Vaccination in Burma 1900-1911 - 1900-1911
Year: 1900
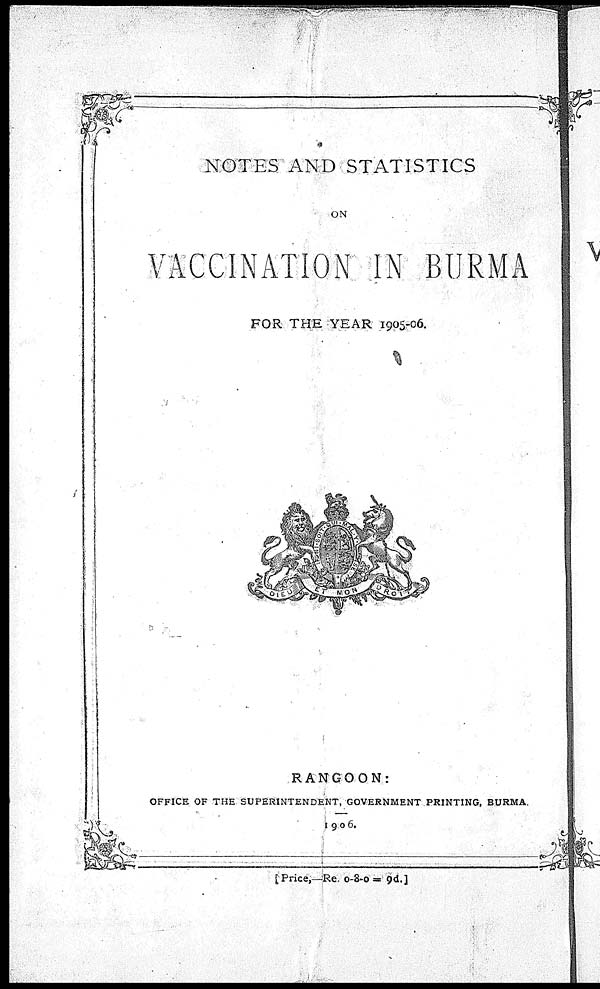
NOTES AND STATISTICS
ON
VACCINATION IN BURMA
FOR THE YEAR 1905-06.
RANGOON:
OFFICE OF THE SUPERINTENDENT, GOVERNMENT PRINTING, BURMA.
1906.
[Price,—Re. 0-8-0 = 9d.]